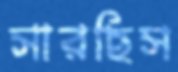
সারছিস